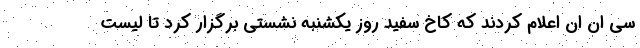
سی ان ان اعلام کردند که کاخ سفید روز یکشنبه نشستی برگزار کرد تا لیست